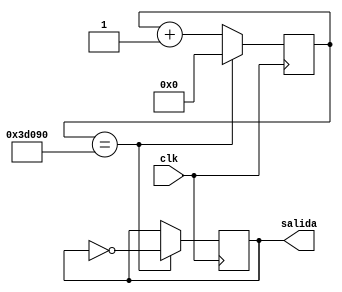
module Reloj50Hz( 
input clk,
output reg salida
);

reg [SIZE-1:0] count;

parameter SIZE = 25;
parameter duty  = 25'd250000;


initial
begin
	salida=0;
	count = 0;
end

always@ (posedge clk) begin
	if(count == duty) begin
		count <= 0;
		salida <= ~salida;
	end
	else begin
		count <= count + 1;
	end
end


endmodule